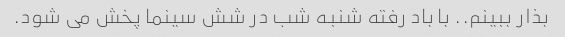
بذار ببینم.. با باد رفته شنبه شب در شش سینما پخش می شود.